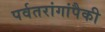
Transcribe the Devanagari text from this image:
पर्वतरांगांपैकी